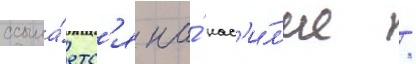
ссыла́етс'я на́ нас'и́л'ие /